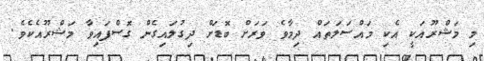
މި މަޝްރޫއަކީ އެކި މައްސަލަތައް ދިމާވެ ވަރަށް ބޮޑަށް ދިގުލައިގެން ގޮސްފައިވާ މަޝްރޫއެކެވެ.